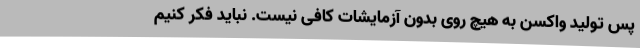
پس تولید واکسن به هیچ روی بدون آزمایشات کافی نیست. نباید فکر کنیم